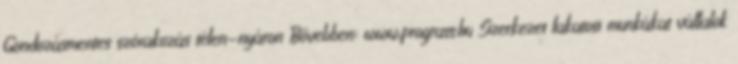
Gondozásmentes szórakozás télen-nyáron Bővebben: www.prograss.hu Szerkezet lakatosi munkákat vállalok